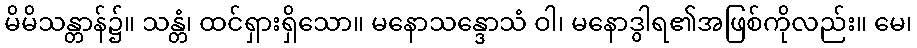
မိမိသန္တာန်၌။ သန္တံ၊ ထင်ရှားရှိသော။ မနောသန္ဒောသံ ဝါ၊ မနောဒွါရ၏အဖြစ်ကိုလည်း။ မေ၊